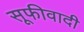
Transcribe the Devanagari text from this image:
सूफीवादी